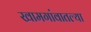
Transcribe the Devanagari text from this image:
खामगांवातल्या